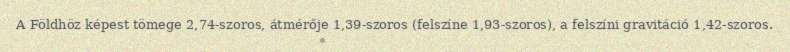
A Földhöz képest tömege 2,74-szoros, átmérője 1,39-szoros (felszíne 1,93-szoros), a felszíni gravitáció 1,42-szoros.